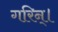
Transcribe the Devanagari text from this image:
गरिन्।